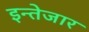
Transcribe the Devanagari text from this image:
इन्तेजार